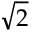
\sqrt { 2 }